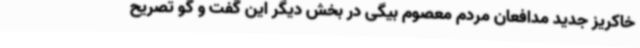
خاکریز جدید مدافعان مردم معصوم بیگی در بخش دیگر این گفت و گو تصریح